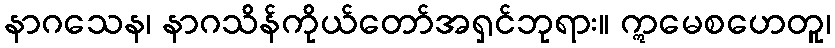
နာဂသေန၊ နာဂသိန်ကိုယ်တော်အရှင်ဘုရား။ ဣမေစဟေတူ၊